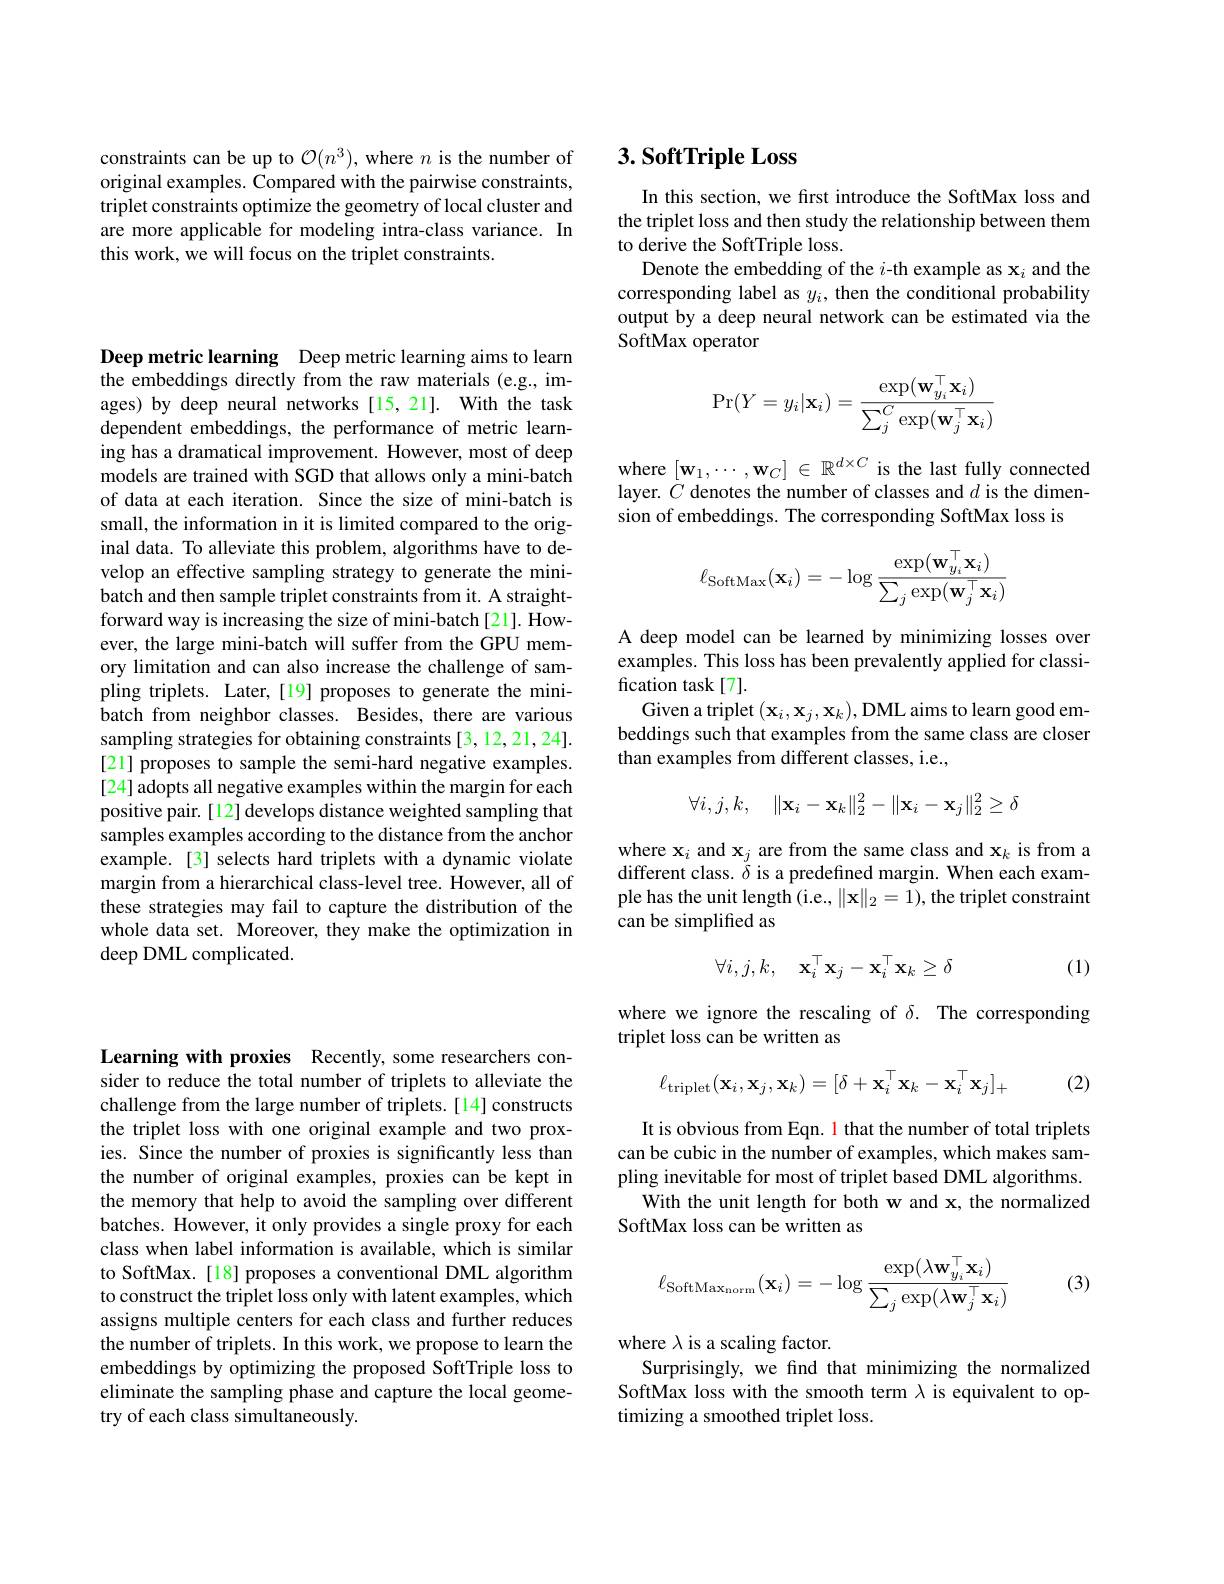
constraints can be up to $\mathcal{O}(n^3)$, where $n$ is the number of original examples. Compared with the pairwise constraints, triplet constraints optimize the geometry of local cluster and are more applicable for modeling intra-class variance. In this work, we will focus on the triplet constraints.

Deep metric learning Deep metric learning aims to learn the embeddings directly from the raw materials (e.g., images) by deep neural networks [15,21]. With the task dependent embeddings, the performance of metric learning has a dramatical improvement. However, most of deep models are trained with SGD that allows only a mini-batch of data at each iteration. Since the size of mini-batch is small, the information in it is limited compared to the original data. To alleviate this problem, algorithms have to develop an effective sampling strategy to generate the minibatch and then sample triplet constraints from it. A straightforward way is increasing the size of mini-batch[21]. However, the large mini-batch will suffer from the GPU memory limitation and can also increase the challenge of sampling triplets. Later,[19] proposes to generate the minibatch from neighbor classes. Besides, there are various sampling strategies for obtaining constraints [3, 12, 21, 24]. [21] proposes to sample the semi-hard negative examples. [24] adopts all negative examples within the margin for each positive pair. [12] develops distance weighted sampling that samples examples according to the distance from the anchor example.[3] selects hard triplets with a dynamic violate margin from a hierarchical class-level tree. However, all of these strategies may fail to capture the distribution of the whole data set. Moreover, they make the optimization in deep DML complicated.

# 3. SoftTriple Loss

In this section, we frst introduce the SoftMax loss and the triplet loss and then study the relationship between them to derive the SoftTriple loss.
Denote the embedding of the $i$-th example as $\mathbf{x}_i$ and the corresponding label as $y_i$, then the conditional probability output by a deep neural network can be estimated via the SoftMax operator
$$\Pr(Y=y_i|\mathbf{x}_i)=\frac{\exp(\mathbf{w}_{y_i}^\top\mathbf{x}_i)}{\sum_j^C\exp(\mathbf{w}_j^\top\mathbf{x}_i)}$$
where $[\mathbf{w}_1,\cdots,\mathbf{w}_C]\in\mathbb{R}^{d\times C}$ is the last fully connected layer. $C$ denotes the number of classes and $d$ is the dimension of embeddings. The corresponding SoftMax loss is
$$\ell_{\text{SoftMax}}(\mathbf{x}_{i})=-\log\frac{\exp(\mathbf{w}_{y_{i}}^{\top}\mathbf{x}_{i})}{\sum_{j}\exp(\mathbf{w}_{j}^{\top}\mathbf{x}_{i})}$$
A deep model can be learned by minimizing losses over examples. This loss has been prevalently applied for classification task[7].
Given a triplet $(\mathbf{x}_i,\mathbf{x}_j,\mathbf{x}_k)$,DML aims to learn good embeddings such that examples from the same class are closer than examples from different classes, i.e.,
$$\forall i,j,k,\quad\|\mathbf{x}_i-\mathbf{x}_k\|_2^2-\|\mathbf{x}_i-\mathbf{x}_j\|_2^2\geq\delta $$
where $\mathbf{x}_i$ and $\mathbf{x}_j$ are from the same class and $\mathbf{x}_k$ is from a different class. $\delta$ is a predefined margin. When each example has the unit length (i.e., $\|\mathbf{x}\|_2=1)$, the triplet constraint can be simplified as
$$\forall i,j,k,\quad\mathbf{x}_i^\top\mathbf{x}_j-\mathbf{x}_i^\top\mathbf{x}_k\geq\delta $$
(1)

where we ignore the rescaling of $\delta.$ The corresponding
triplet loss can be written as
$$\ell_{\mathrm{triplet}}(\mathbf{x}_{i},\mathbf{x}_{j},\mathbf{x}_{k})=[\delta+\mathbf{x}_{i}^{\top}\mathbf{x}_{k}-\mathbf{x}_{i}^{\top}\mathbf{x}_{j}]_{+}$$
(2)

It is obvious from Eqn. 1 that the number of total triplets can be cubic in the number of examples, which makes sampling inevitable for most of triplet based DML algorithms.
With the unit length for both w and x, the normalized
SoftMax loss can be written as
$$\ell_{\text{SoftMax}_{\text{norm}}}(\mathbf{x}_i)=-\log\frac{\exp(\lambda\mathbf{w}_{y_i}^\top\mathbf{x}_i)}{\sum_j\exp(\lambda\mathbf{w}_j^\top\mathbf{x}_i)}$$
(3)

where $\lambda$ is a scaling factor.
Surprisingly, we find that minimizing the normalized SoftMax loss with the smooth term $\lambda$ is equivalent to optimizing a smoothed triplet loss.

Learning with proxies Recently, some researchers consider to reduce the total number of triplets to alleviate the challenge from the large number of triplets. [14] constructs the triplet loss with one original example and two proxies. Since the number of proxies is significantly less than the number of original examples, proxies can be kept in the memory that help to avoid the sampling over different batches. However, it only provides a single proxy for each class when label information is available, which is similar to SoftMax. [18] proposes a conventional DML algorithm to construct the triplet loss only with latent examples, which assigns multiple centers for each class and further reduces the number of triplets. In this work, we propose to learn the embeddings by optimizing the proposed SoftTriple loss to eliminate the sampling phase and capture the local geometry of each class simultaneously.